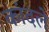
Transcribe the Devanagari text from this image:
कांदले